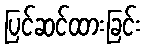
ပြင်ဆင်ထားခြင်း